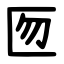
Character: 匢